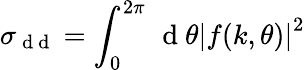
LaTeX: \sigma_{\mathrm{~d~d~}}=\int_{0}^{2\pi}\, \mathrm{~d~}\theta\left|f(k,\theta)\right|^{2}